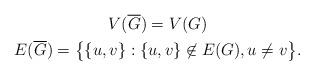
LaTeX: \begin{gather*}V(\overline{G}) = V(G)\\ E(\overline{G}) = \bigl\{\{u,v\} : \{u,v\} \not\in E(G), u\neq v\bigr\}.\end{gather*}